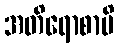
အတိရောစာမိ